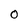
Character: O